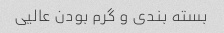
بسته بندی و گرم بودن عالیی